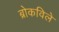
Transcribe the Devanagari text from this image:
ब्रोकविले